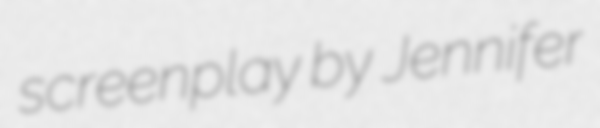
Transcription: screenplay by Jennifer